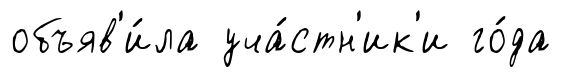
объяв'и́ла уча́стн'ик'и го́да